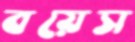
বয়েস